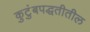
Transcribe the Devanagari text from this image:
कुटुंबपद्धतीतील